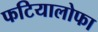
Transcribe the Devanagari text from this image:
फटियालोफा